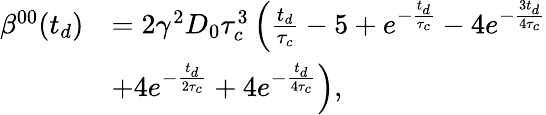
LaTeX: \begin{array}{rl}{\beta^{00}(t_{d})}&{=2\gamma^{2}D_{0}\tau_{c}^{3}\left(\frac{t_{d}}{\tau_{c}}-5+e^{-\frac{t_{d}}{\tau_{c}}}-4e^{-\frac{3t_{d}}{4\tau_{c}}}\right.}\\ &{\left.+4e^{-\frac{t_{d}}{2\tau_{c}}}+4e^{-\frac{t_{d}}{4\tau_{c}}}\right),}\end{array}